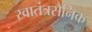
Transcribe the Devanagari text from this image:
स्वातंत्रसैनिक